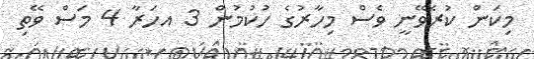
މިކަން ކުރެވޭނީ ވެސް މިހާރުގެ ހުކުމުން 3 އހަރާ 4 މަސް ވޭތި